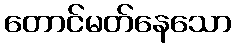
တောင်မတ်နေသော